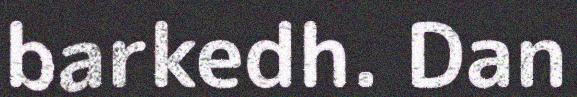
barkedh. Dan